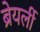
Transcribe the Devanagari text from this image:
ब्रेयर्ली